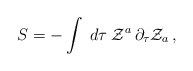
\begin{align*}S=-\int\;d \tau\;{\cal Z}^a\,\partial_\tau{\cal Z}_a\,,\end{align*}